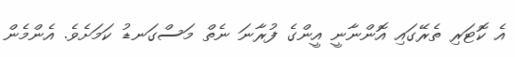
އެ ކޮޓަރި ތެރޭގައި އޮންނާނީ އީންގެ ފުރާނަ ނެތް މަސްގަނޑު ކަމަށެވެ. އެންމެން